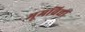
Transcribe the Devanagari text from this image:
भूमविद्या